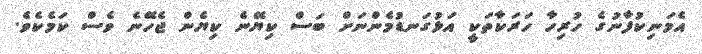
އެމަނިކުފާނުގެ ހުރިހާ ހަރަކާތަކީ އަޅުގަނޑުމެންނަށް ބަސް ކިޔޭނެ ކިޔެން ޖެހޭނެ ވެސް ކަމެކެވެ.